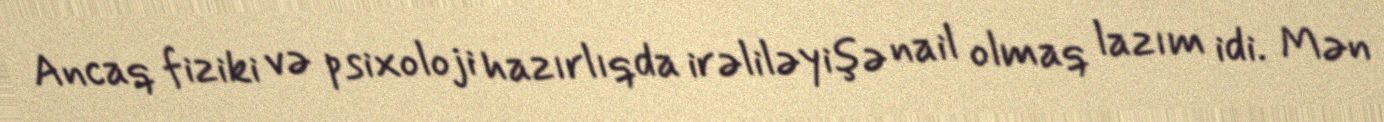
Ancaq fiziki və psixoloji hazırlıqda irəliləyişə nail olmaq lazım idi. Mən